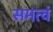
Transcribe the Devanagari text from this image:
समत्वं